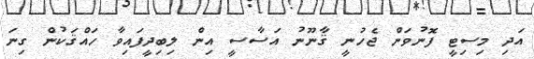
އަދި މިސިޓީ ފޮނުވަން ޖެހުނީ ޤާނޫނު އަސާސީ އިން ލިބިދީފައިވާ ހައްޤަކުން ގިނަ